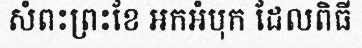
សំពះព្រះខែ អកអំបុក ដែលពិធី